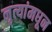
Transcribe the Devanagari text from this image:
नृत्यांमधून